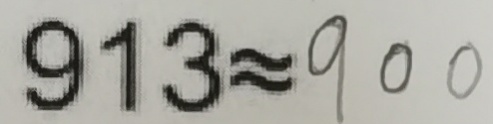
9 1 3 \approx 9 0 0